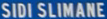
SIDI SLIMANE